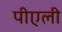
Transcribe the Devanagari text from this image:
पीएली